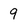
Character: 9